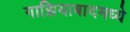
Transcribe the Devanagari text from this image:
गाझियाबादमध्ये